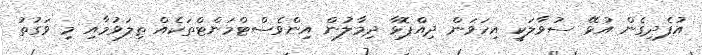
އުފެދިގެން އުޅޭ ސުވާލަކީ އިހަވަން ދިއްޕޮޅާ ދިމާލުން އިންވެސްޓްމަންޓްތަކެއް ތިލަވުމާއި މި ވަގުތު